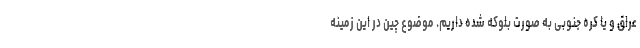
عراق و یا کره جنوبی به صورت بلوکه شده داریم. موضوع چین در این زمینه